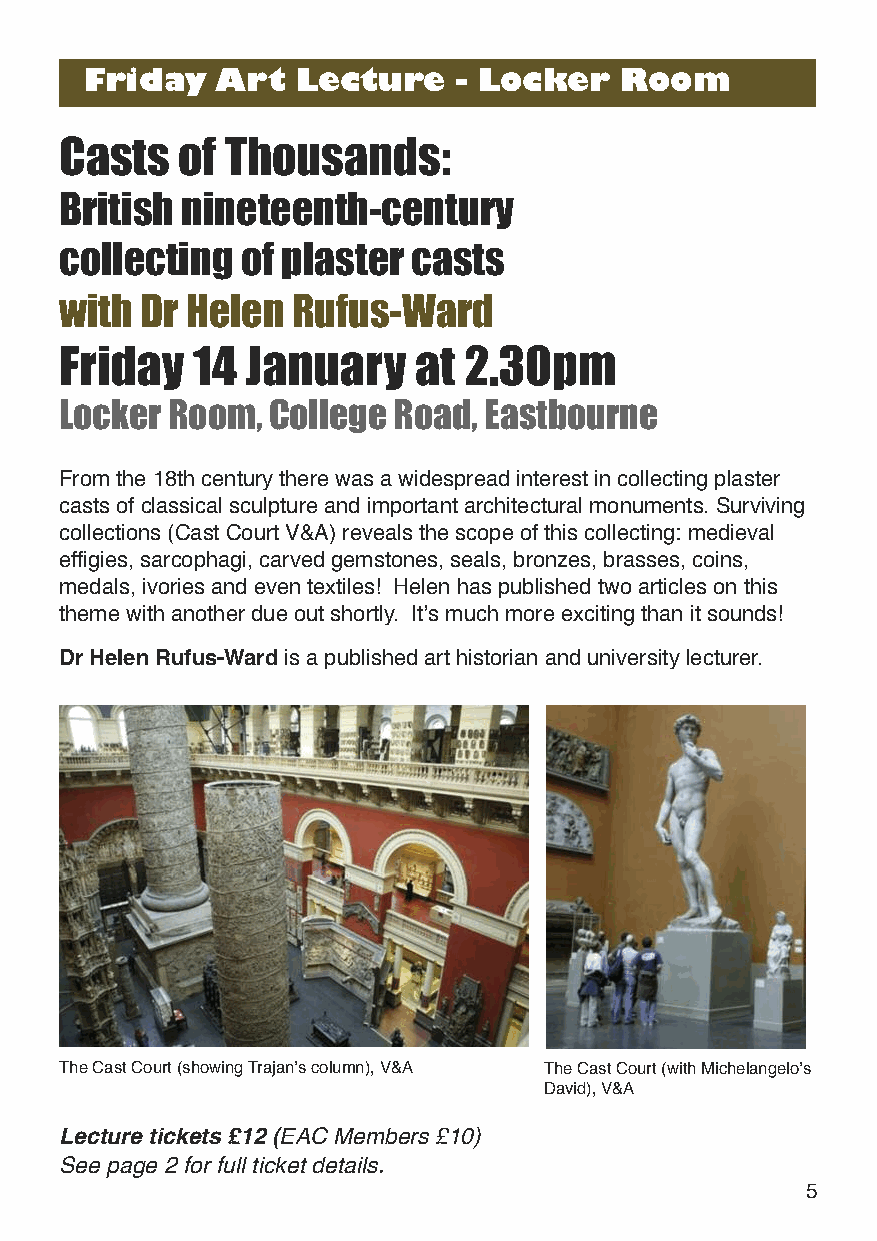
Friday  Art   Lecture   - Locker   Room
 Casts   of Thousands:
 British nineteenth-century
 collecting  of plaster casts
 with Dr Helen  Rufus-Ward
 Friday   14 January    at  2.30pm
 Locker Room,  College Road, Eastbourne
 From the 18th century there was a widespread interest in collecting plaster
 casts of classical sculpture and important architectural monuments. Surviving
 collections (Cast Court V&A) reveals the scope of this collecting: medieval
 effigies, sarcophagi, carved gemstones, seals, bronzes, brasses, coins,
 medals, ivories and even textiles! Helen has published two articles on this
 theme with another due out shortly. It’s much more exciting than it sounds!
 Dr Helen Rufus-Wardis a published art historian and university lecturer.
 The Cast Court (showing Trajan’s column), V&A The Cast Court (with Michelangelo’s
 David), V&A
 Lecture tickets £12 (EAC Members £10)
 See page 2 for full ticket details.
 5